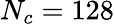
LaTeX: N_{c}=128